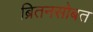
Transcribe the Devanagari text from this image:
ब्रितनसोबत